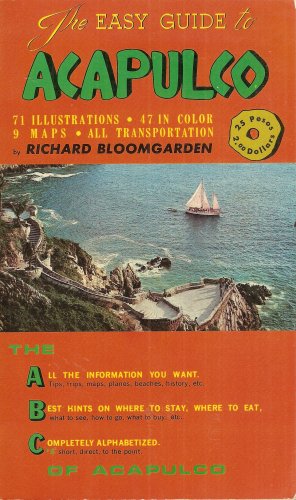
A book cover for The Easy Guide to Acapulco; Richard Bloomgarden; Travel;